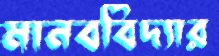
মানববিদ্যার